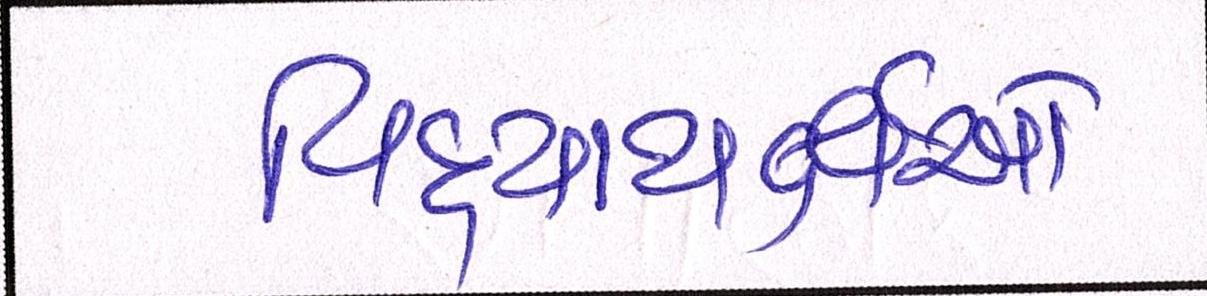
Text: વિદ્યાથર્ક્ષઓ